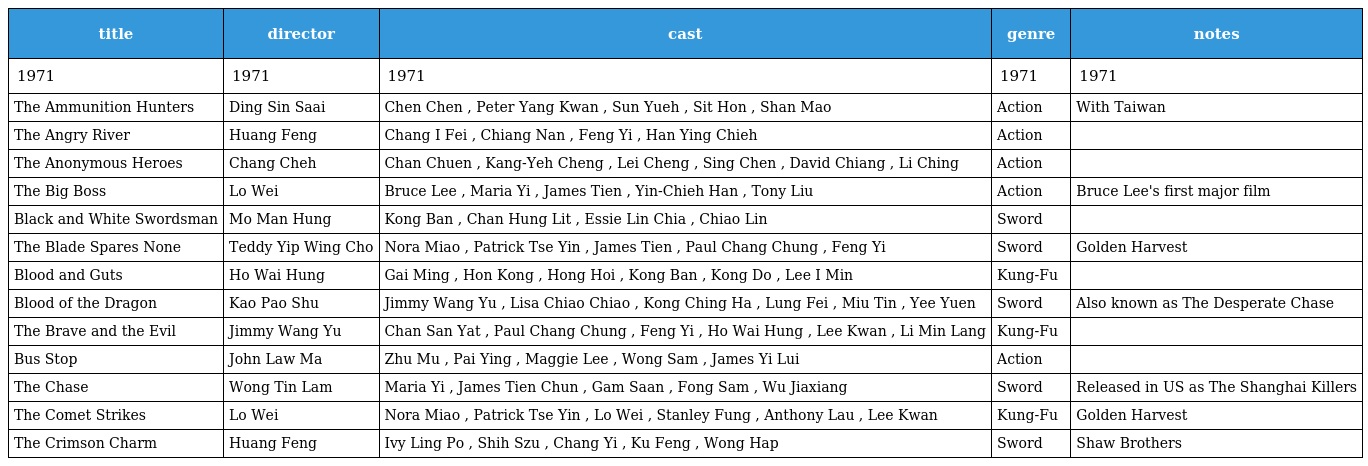
| title | director | cast | genre | notes |
 | --- | --- | --- | --- | --- |
 | 1971 | 1971 | 1971 | 1971 | 1971 |
 | The Ammunition Hunters | Ding Sin Saai | Chen Chen , Peter Yang Kwan , Sun Yueh , Sit Hon , Shan Mao | Action | With Taiwan |
 | The Angry River | Huang Feng | Chang I Fei , Chiang Nan , Feng Yi , Han Ying Chieh | Action |  |
 | The Anonymous Heroes | Chang Cheh | Chan Chuen , Kang-Yeh Cheng , Lei Cheng , Sing Chen , David Chiang , Li Ching | Action |  |
 | The Big Boss | Lo Wei | Bruce Lee , Maria Yi , James Tien , Yin-Chieh Han , Tony Liu | Action | Bruce Lee's first major film |
 | Black and White Swordsman | Mo Man Hung | Kong Ban , Chan Hung Lit , Essie Lin Chia , Chiao Lin | Sword |  |
 | The Blade Spares None | Teddy Yip Wing Cho | Nora Miao , Patrick Tse Yin , James Tien , Paul Chang Chung , Feng Yi | Sword | Golden Harvest |
 | Blood and Guts | Ho Wai Hung | Gai Ming , Hon Kong , Hong Hoi , Kong Ban , Kong Do , Lee I Min | Kung-Fu |  |
 | Blood of the Dragon | Kao Pao Shu | Jimmy Wang Yu , Lisa Chiao Chiao , Kong Ching Ha , Lung Fei , Miu Tin , Yee Yuen | Sword | Also known as The Desperate Chase |
 | The Brave and the Evil | Jimmy Wang Yu | Chan San Yat , Paul Chang Chung , Feng Yi , Ho Wai Hung , Lee Kwan , Li Min Lang | Kung-Fu |  |
 | Bus Stop | John Law Ma | Zhu Mu , Pai Ying , Maggie Lee , Wong Sam , James Yi Lui | Action |  |
 | The Chase | Wong Tin Lam | Maria Yi , James Tien Chun , Gam Saan , Fong Sam , Wu Jiaxiang | Sword | Released in US as The Shanghai Killers |
 | The Comet Strikes | Lo Wei | Nora Miao , Patrick Tse Yin , Lo Wei , Stanley Fung , Anthony Lau , Lee Kwan | Kung-Fu | Golden Harvest |
 | The Crimson Charm | Huang Feng | Ivy Ling Po , Shih Szu , Chang Yi , Ku Feng , Wong Hap | Sword | Shaw Brothers |